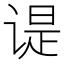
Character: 𬤊